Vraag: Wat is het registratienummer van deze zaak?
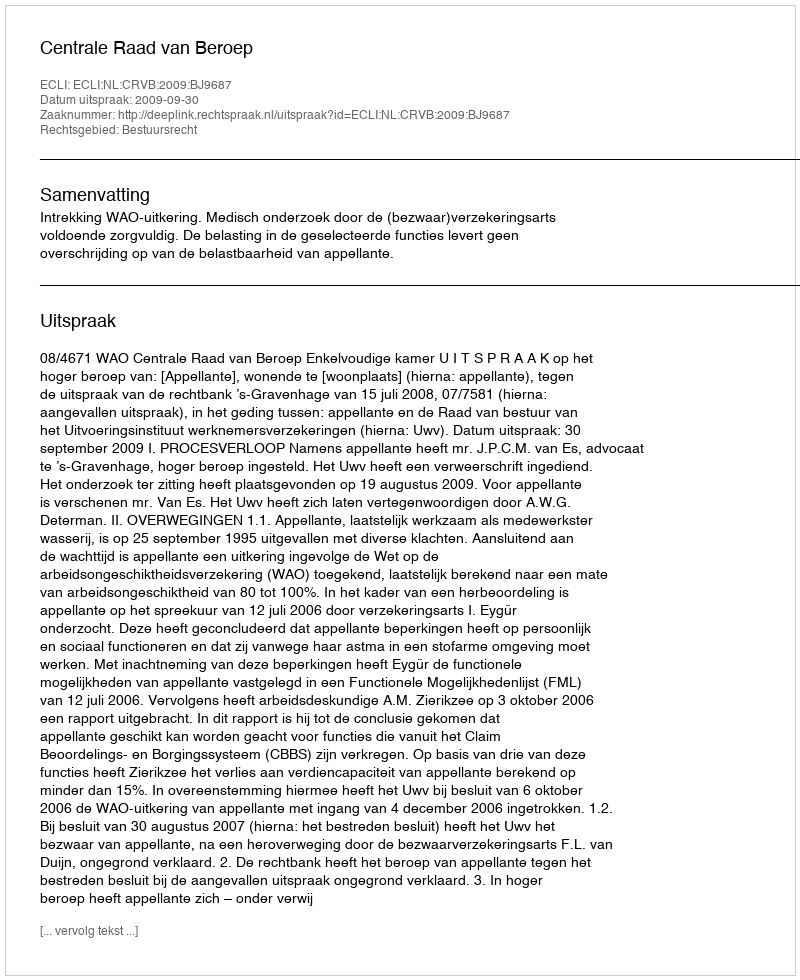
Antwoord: http://deeplink.rechtspraak.nl/uitspraak?id=ECLI:NL:CRVB:2009:BJ9687